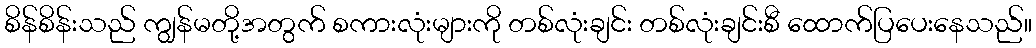
စိန်စိန်းသည် ကျွန်မတို့အတွက် စကားလုံးများကို တစ်လုံးချင်း တစ်လုံးချင်းစီ ထောက်ပြပေးနေသည်။